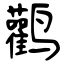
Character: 鹳